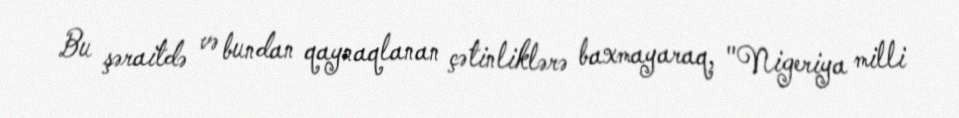
Bu şəraitdə və bundan qaynaqlanan çətinliklərə baxmayaraq, "Nigeriya milli